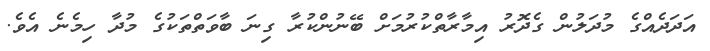
އަދަދެއްގެ މުދަލުން ގެދޮރު އިމާރާތްކުރުމަށް ބޭނުންކުރާ ގިނަ ބާވަތްތަކުގެ މުދާ ހިމެނެ އެވެ.